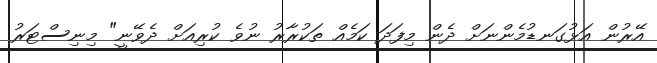
އޭރުން އަޅުގަނޑުމެންނަށް ދެން މިފަދަ ކަމެއް ތަކުރާރު ނުވެ ކުރިއަށް ދެވޭނީ" މިނިސްޓަރު